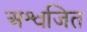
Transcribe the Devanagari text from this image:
अश्वजित